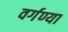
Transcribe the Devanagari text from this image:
वर्गण्या